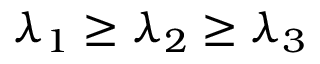
\lambda _ { 1 } \ge \lambda _ { 2 } \ge \lambda _ { 3 }